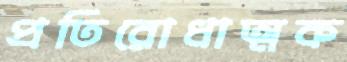
প্রতিরোধাত্মক